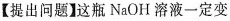
【提出问题】这瓶NaOH溶液一定变